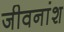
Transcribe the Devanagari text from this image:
जीवनांश